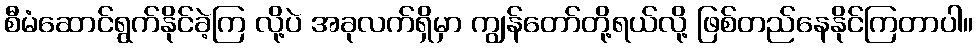
စီမံဆောင်ရွက်နိုင်ခဲ့ကြ လို့ပဲ အခုလက်ရှိမှာ ကျွန်တော်တို့ရယ်လို့ ဖြစ်တည်နေနိုင်ကြတာပါ။